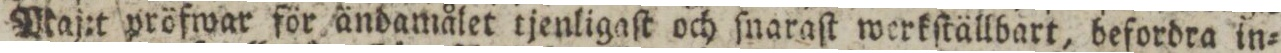
Maj:t pröfwar för ändamålet tjenligaſt och ſnaraſt werkſtällbart, befordra in=